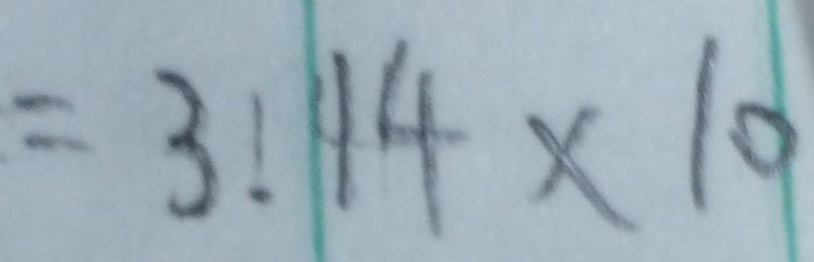
= 3 . 1 4 \times 1 0